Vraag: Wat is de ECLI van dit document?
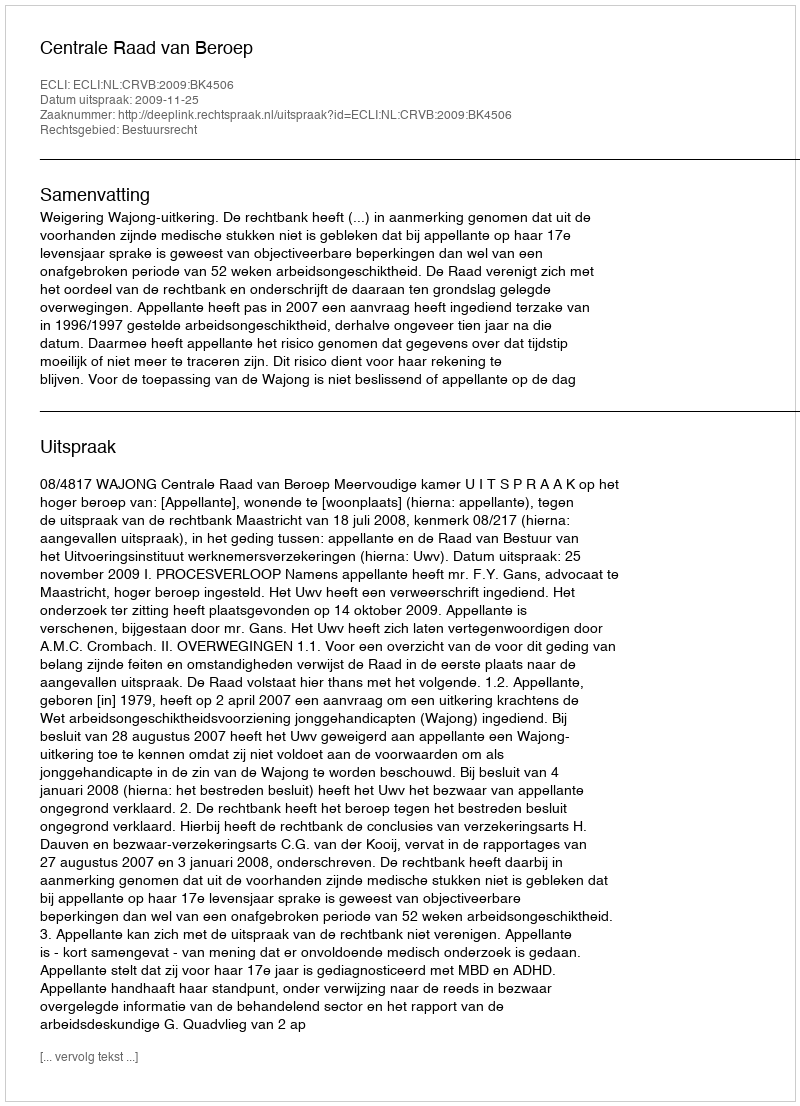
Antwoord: ECLI:NL:CRVB:2009:BK4506